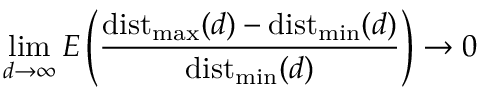
\operatorname* { l i m } _ { d \to \infty } E \left( { \frac { \operatorname { d i s t } _ { \operatorname* { m a x } } ( d ) - \operatorname { d i s t } _ { \operatorname* { m i n } } ( d ) } { \operatorname { d i s t } _ { \operatorname* { m i n } } ( d ) } } \right) \to 0